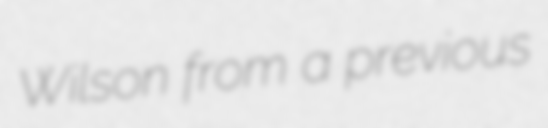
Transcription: Wilson from a previous